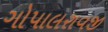
ગોપાલરાવજી